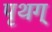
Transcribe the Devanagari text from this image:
पृथग्